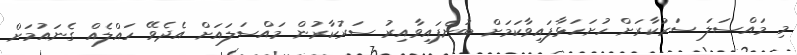
މި މައްސަލަ ސަރުކާރަށް ހުށަހަޅާފައިވާކަމަށް ބުނެފައިވާއިރު ސަރުކާރުން މައްސަލައަށް އެދެވޭ ހައްލެއް ގެނައުމަށް